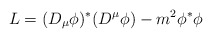
\begin{align*}L=(D_{\mu}\phi)^*(D^{\mu}\phi)-m^2\phi^*\phi\end{align*}